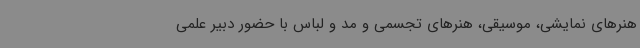
هنرهای نمایشی، موسیقی، هنرهای تجسمی و مد و لباس با حضور دبیر علمی